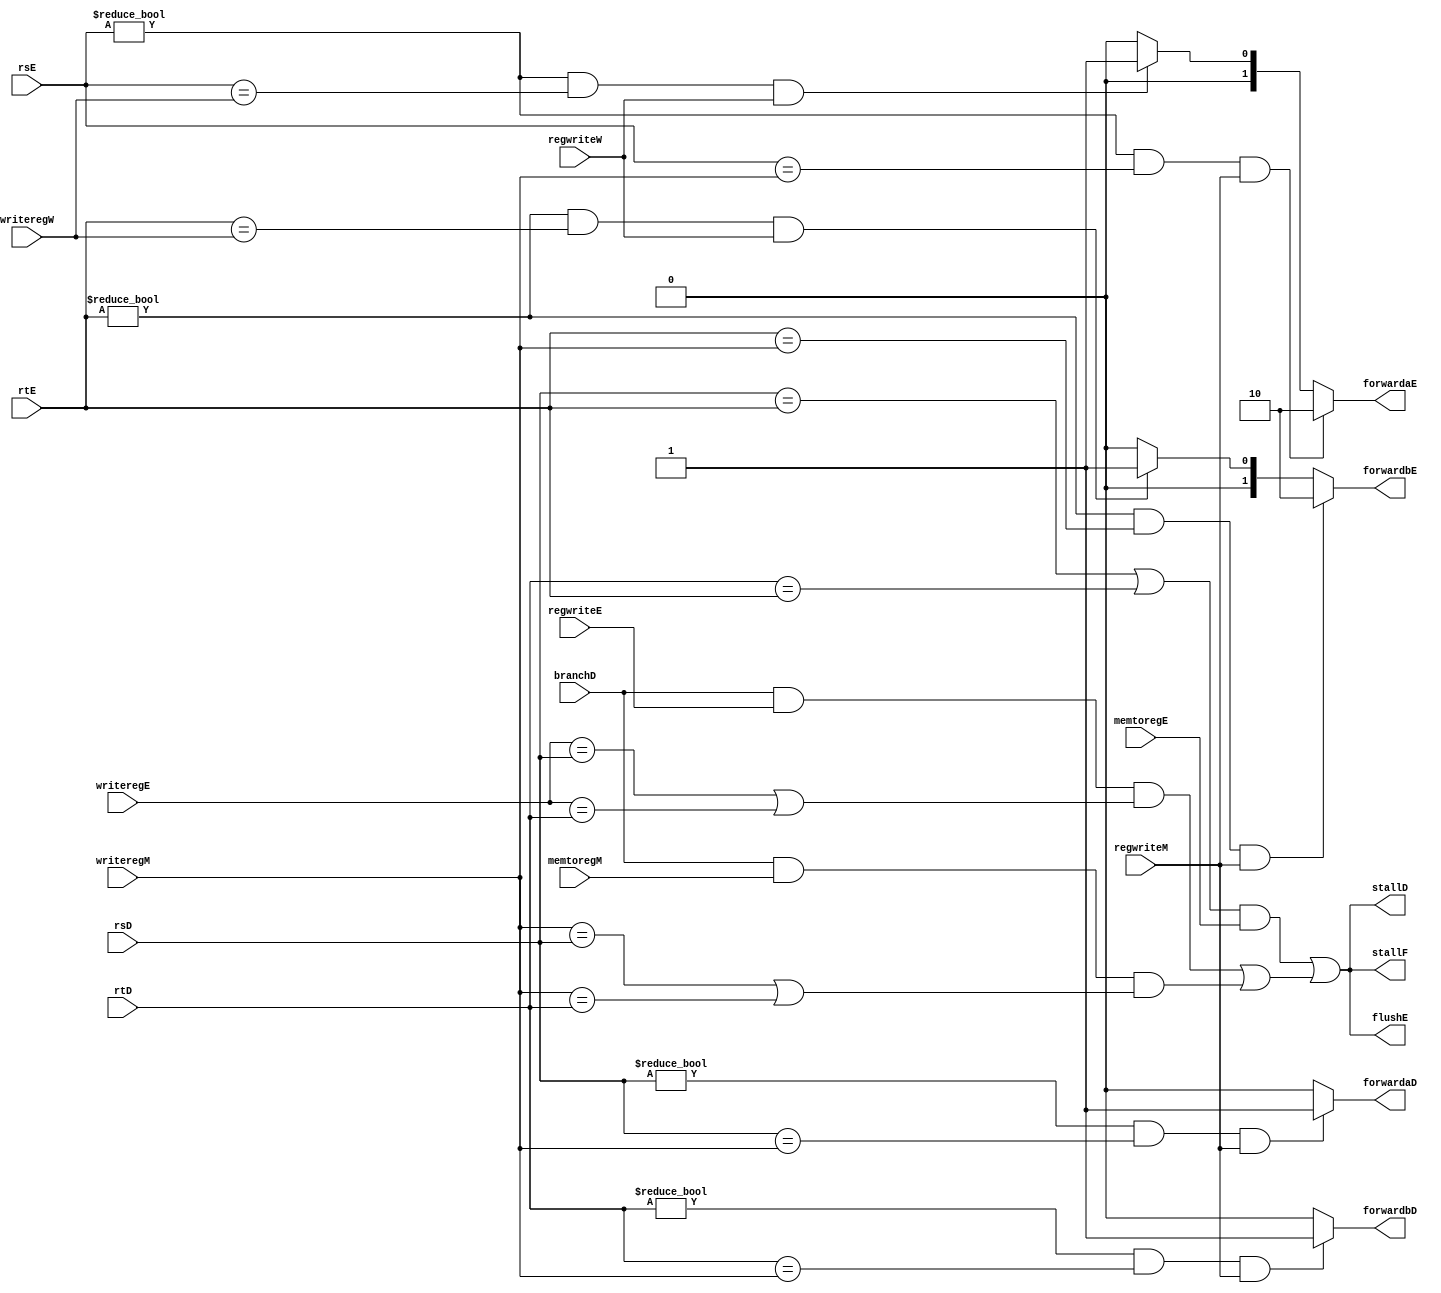
`timescale 1ns / 1ps
//////////////////////////////////////////////////////////////////////////////////
// Company: 
// Engineer: 
// 
// Design Name: 
// Module Name: hazard
// Project Name: 
// Target Devices: 
// Tool Versions: 
// Description: 
// 
// Dependencies: 
// 
// Revision:
// Revision 0.01 - File Created
// Additional Comments:
// 
//////////////////////////////////////////////////////////////////////////////////


module hazard(stallF,rsD,rtD,branchD,forwardaD,forwardbD,stallD,
			  rsE,rtE,writeregE,regwriteE,memtoregE,forwardaE,forwardbE,flushE,
			  writeregM,regwriteM,memtoregM,writeregW,regwriteW);
	
	// fetch stage
	output     [0:0] stallF;

	// decode stage
	input wire [4:0] rsD;
	input wire [4:0] rtD;
	input wire [0:0] branchD;
	output reg [0:0] forwardaD;
	output reg [0:0] forwardbD;
	output 	   [0:0] stallD;

	// execute stage
	input wire [4:0] rsE;
	input wire [4:0] rtE;
	input wire [4:0] writeregE;
	input wire [0:0] regwriteE;
	input wire [0:0] memtoregE;
	output reg [1:0] forwardaE;
	output reg [1:0] forwardbE;
	output     [0:0] flushE;

	// mem stage
	input wire [4:0] writeregM;
	input wire [0:0] regwriteM;
	input wire [0:0] memtoregM;

	// write back stage
	input wire [4:0] writeregW;
	input wire [0:0] regwriteW;

	// === data push forward logic === //

	// == decode stage == //

	// Operand srca 
	always @ (*) 
	begin
		if((rsD != 5'b00000) && (rsD == writeregM) && regwriteM)
		begin
			forwardaD <= 1'b1;
		end
		else
		begin
			forwardaD <= 1'b0;
		end
	end

	// Operand srcb
	always @ (*) 
	begin
		if((rtD != 5'b00000) && (rtD == writeregM) && regwriteM)
		begin
			forwardbD <= 1'b1;
		end
		else
		begin
			forwardbD <= 1'b0;
		end
	end

	// == execute stage == //

	// Operand srca 
	always @ (*) 
	begin
		if((rsE != 5'b00000) && (rsE == writeregM) && regwriteM)
		begin
			forwardaE <= 2'b10;
		end
		else if((rsE != 5'b00000) && (rsE == writeregW) && regwriteW)
		begin
			forwardaE <= 2'b01;
		end
		else
		begin
			forwardaE <= 2'b00;
		end
	end

	// Operand srcb
	always @ (*) 
	begin
		if((rtE != 5'b00000) && (rtE == writeregM) && regwriteM)
		begin
			forwardbE <= 2'b10;
		end
		else if((rtE != 5'b00000) && (rtE == writeregW) && regwriteW)
		begin
			forwardbE <= 2'b01;
		end
		else
		begin
			forwardbE <= 2'b00;
		end
	end 

	// === pipeline pause logic === //

	// lw stall
	wire lwstall;
	// assign lwstall = ((rsD == rtE) || (rtD == rtE)) && memtoregE;
	assign lwstall = ((rsD == rtE) | (rtD == rtE)) & memtoregE;

	// branch stall
	wire branchstall;
	// assign branchstall = (branchD && regwriteE && 
	// 					  ((writeregE == rsD) || (writeregE == rtD)))
	// 				  || (branchD && memtoregM &&
	// 				  	  ((writeregM == rsD) || (writeregM == rtD)));
	assign branchstall = branchD & regwriteE & 
						  ((writeregE == rsD) | (writeregE == rtD))
					   | branchD & memtoregM &
					  	  ((writeregM == rsD) | (writeregM == rtD));

	// assign stallF  = lwstall || branchstall;
	// assign stallD  = lwstall || branchstall;
	// assign flushE  = lwstall || branchstall;
	assign stallF  = lwstall | branchstall;
	assign stallD  = lwstall | branchstall;
	assign flushE  = lwstall | branchstall;
endmodule